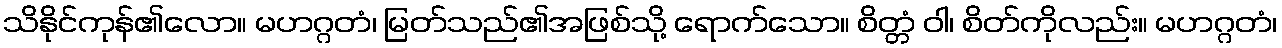
သိနိုင်ကုန်၏လော။ မဟဂ္ဂတံ၊ မြတ်သည်၏အဖြစ်သို့ ရောက်သော။ စိတ္တံ ဝါ၊ စိတ်ကိုလည်း။ မဟဂ္ဂတံ၊